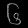
Digit: ၆